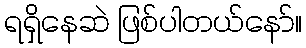
ရရှိနေဆဲ ဖြစ်ပါတယ်နော်။